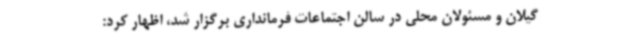
گیلان و مسئولان محلی در سالن اجتماعات فرمانداری برگزار شد، اظهار کرد: